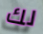
لك